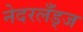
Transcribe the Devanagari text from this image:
नेदरलँड्ज